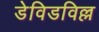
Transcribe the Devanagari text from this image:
डेविडविल्ल